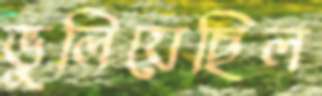
ভুলিয়েছিল